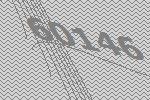
60146